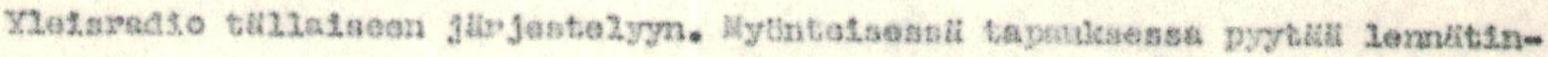
Yleisradio tällaiseen järjestelyyn. Myönteisessä tapauksessa pyytää lennätin-